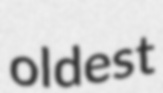
oldest